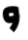
و